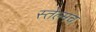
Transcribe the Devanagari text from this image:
स्तेल्मच